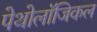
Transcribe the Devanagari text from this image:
पेथोलॉजिकल